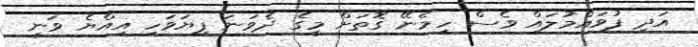
އަދި ފުވައްމުލައް ވެސް ހިމެނޭ ގޮތަށް މީގެ ދެވަނަ ފިޔަވަހި އިއްޔެ ވަނީ